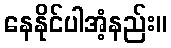
နေနိုင်ပါအံ့နည်း။